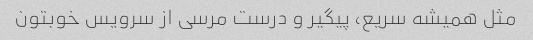
مثل همیشه سریع، پیگیر و درست مرسی از سرویس خوبتون